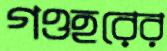
গওহরের